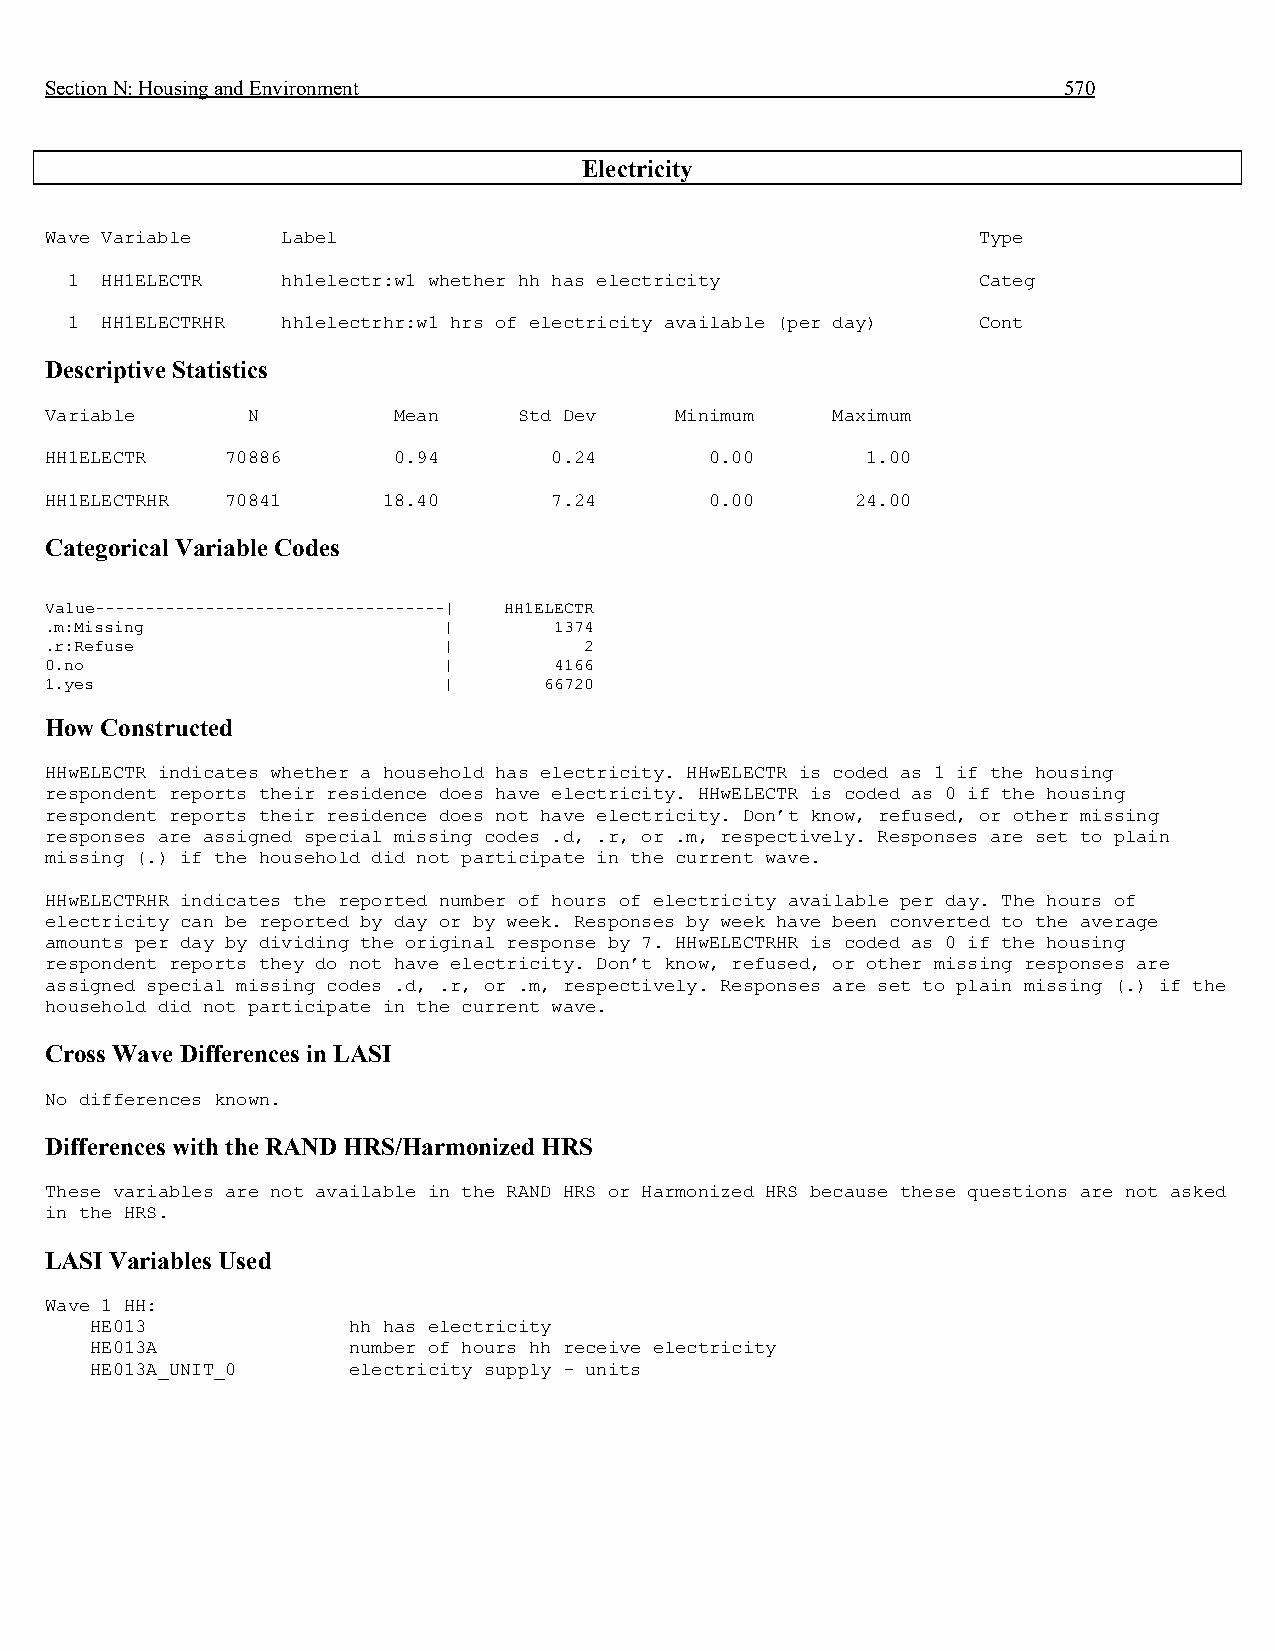
Section N: Housing and Environment                                 570
 Electricity
 Wave Variable   Label                                         Type
 1  HH1ELECTR   hh1electr:w1 whether hh has electricity       Categ
 1  HH1ELECTRHR hh1electrhr:w1 hrs of electricity available (per day) Cont
 Descriptive Statistics
 Variable     N         Mean    Std Dev    Minimum   Maximum
 HH1ELECTR   70886      0.94      0.24       0.00      1.00
 HH1ELECTRHR 70841     18.40      7.24       0.00      24.00
 Categorical Variable Codes
 Value-----------------------------------| HH1ELECTR
 .m:Missing                |       1374
 .r:Refuse                 |         2
 0.no                      |       4166
 1.yes                     |      66720
 How Constructed
 HHwELECTR indicates whether a household has electricity. HHwELECTR is coded as 1 if the housing
 respondent reports their residence does have electricity. HHwELECTR is coded as 0 if the housing
 respondent reports their residence does not have electricity. Don’t know, refused, or other missing
 responses are assigned special missing codes .d, .r, or .m, respectively. Responses are set to plain
 missing (.) if the household did not participate in the current wave.
 HHwELECTRHR indicates the reported number of hours of electricity available per day. The hours of
 electricity can be reported by day or by week. Responses by week have been converted to the average
 amounts per day by dividing the original response by 7. HHwELECTRHR is coded as 0 if the housing
 respondent reports they do not have electricity. Don’t know, refused, or other missing responses are
 assigned special missing codes .d, .r, or .m, respectively. Responses are set to plain missing (.) if the
 household did not participate in the current wave.
 Cross Wave Differences in LASI
 No differences known.
 Differences with the RAND HRS/Harmonized HRS
 These variables are not available in the RAND HRS or Harmonized HRS because these questions are not asked
 in the HRS.
 LASI Variables Used
 Wave 1 HH:
 HE013            hh has electricity
 HE013A           number of hours hh receive electricity
 HE013A_UNIT_0    electricity supply - units